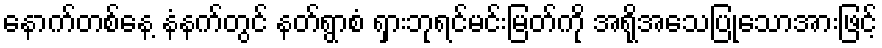
နောက်တစ်နေ့ နံနက်တွင် နတ်ရွာစံ ရှားဘုရင်မင်းမြတ်ကို အရိုအသေပြုသောအားဖြင့်